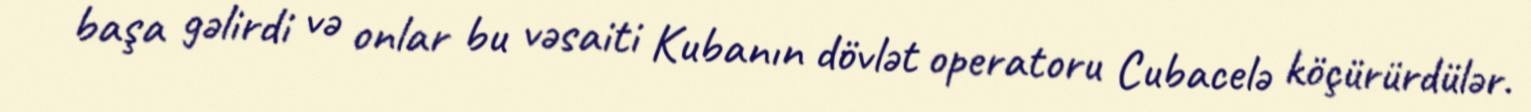
başa gəlirdi və onlar bu vəsaiti Kubanın dövlət operatoru Cubacelə köçürürdülər.